Report of an investigation into the causes of malaria in Bombay and the measures necessary for its control
Disease focus: Malaria
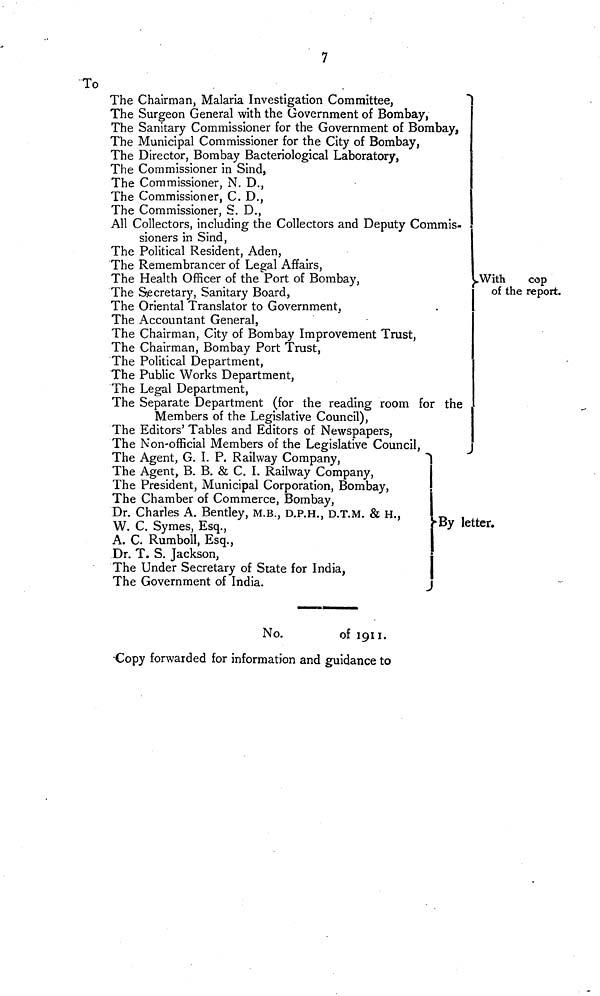
7
To
The Chairman, Malaria Investigation Committee,
The Surgeon General with the Government of Bombay,
The Sanitary Commissioner for the Government of Bombay,
The Municipal Commissioner for the City of Bombay,
The Director, Bombay Bacteriological Laboratory,
The Commissioner in Sind,
The Commissioner, N. D.,
The Commissioner, C. D.,
The Commissioner, S. D.,
All Collectors, including the Collectors and Deputy Commis-
sioners in Sind,
The Political Resident, Aden,
The Remembrancer of Legal Affairs,
The Health Officer of the Port of Bombay,
The Secretary, Sanitary Board,
The Oriental Translator to Government,
The Accountant General,
The Chairman, City of Bombay Improvement Trust,
The Chairman, Bombay Port Trust,
The Political Department,
The Public Works Department,
The Legal Department,
The Separate Department (for the reading room for the
Members of the Legislative Council),
The Editors' Tables and Editors of Newspapers,
The Non-official Members of the Legislative Council,
With
cop
of the report.
The Agent, G. I. P. Railway Company,
The Agent, B. B. & C. I. Railway Company,
The President, Municipal Corporation, Bombay,
The Chamber of Commerce, Bombay,
Dr. Charles A. Bentley, M.B., D.P.H., D.T.M. & H.,
W. C. Symes, Esq.,
By
letter.
A. C. Rumboll, Esq.,
Dr. T. S. Jackson,
The Under Secretary of State for India,
The Government of India.
No.
of 1911.
Copy forwarded for information and guidance to